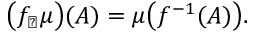
{ \big ( } f _ { \sharp } \mu { \big ) } ( A ) = \mu { \big ( } f ^ { - 1 } ( A ) { \big ) } .